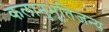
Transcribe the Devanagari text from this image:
कलानुभूतिजन्य